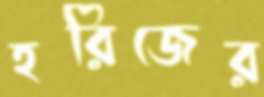
হরিজের